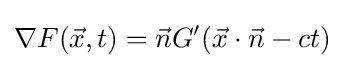
\nabla F({\vec {x}},t)={\vec {n}}G'({\vec {x}}\cdot {\vec {n}}-ct)